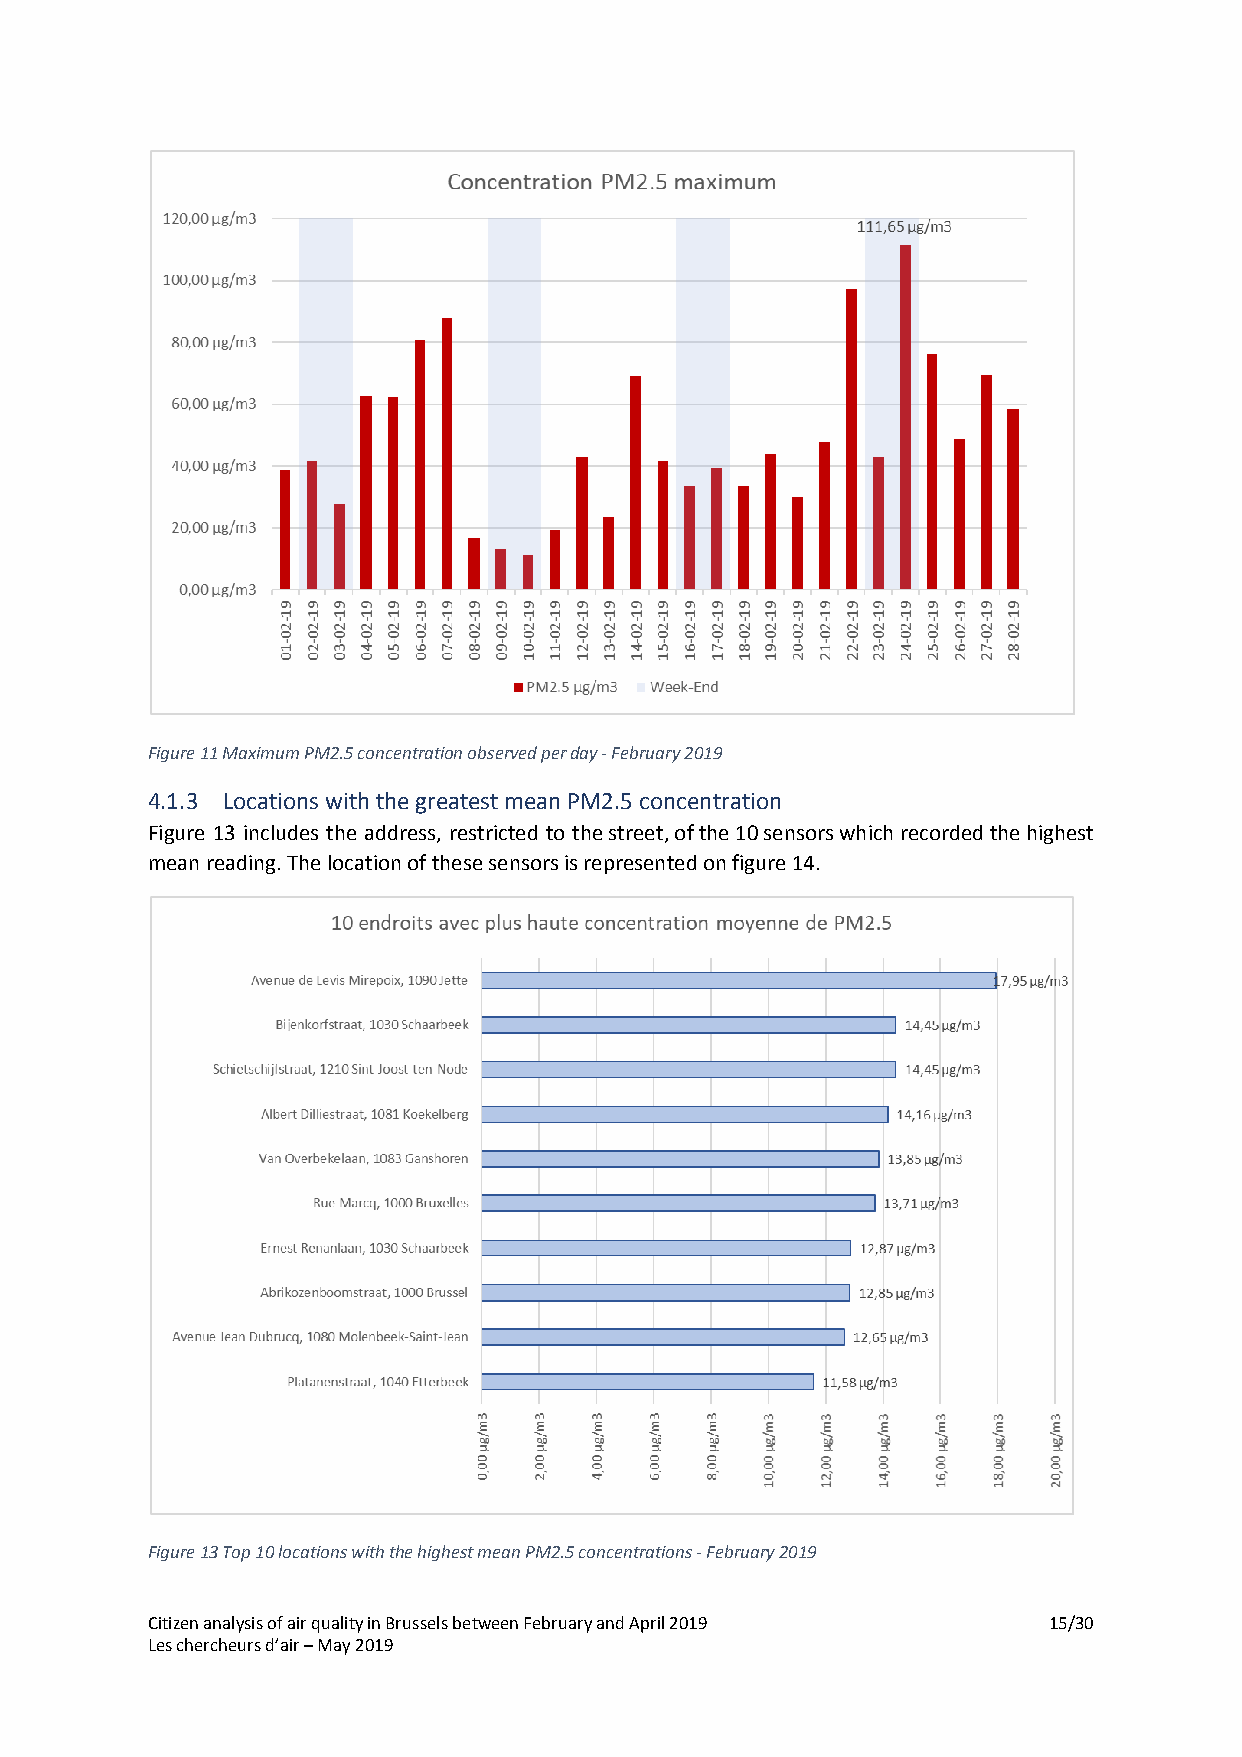
Figure 11 Maximum PM2.5 concentration observed per day - February 2019
 4.1.3 Locations with the greatest mean PM2.5 concentration
 Figure 13 includes the address, restricted to the street, of the 10 sensors which recorded the highest
 mean reading. The location of these sensors is represented on figure 14.
 Figure 13 Top 10 locations with the highest mean PM2.5 concentrations - February 2019
 Citizen analysis of air quality in Brussels between February and April 2019 15/30
 Les chercheurs d’air – May 2019